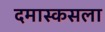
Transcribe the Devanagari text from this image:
दमास्कसला